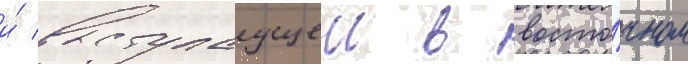
и́ выступаущеи в восто́чном